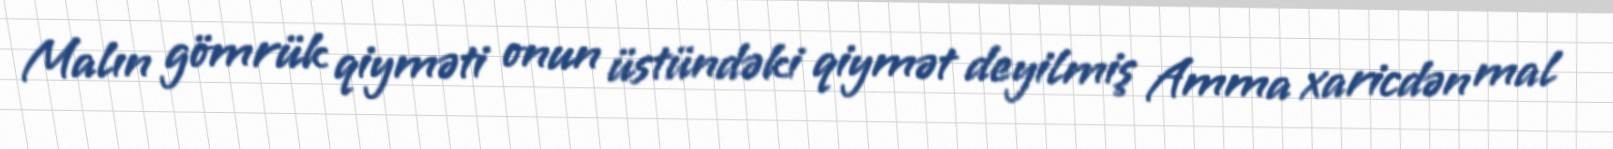
Malın gömrük qiyməti onun üstündəki qiymət deyilmiş Amma xaricdən mal